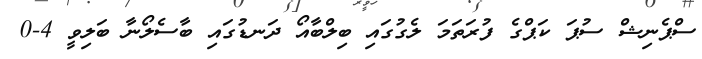
ސްޕެނިޝް ސުޕަ ކަޕްގެ ފުރަތަމަ ލެގުގައި ބިލްބާއޯ ދަނޑުގައި ބާސެލޯނާ ބަލިވީ 4-0